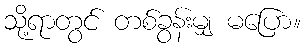
သို့ရာတွင် တစ်ခွန်းမျှ မပြော။